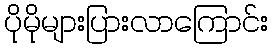
ပိုမိုများပြားလာကြောင်း